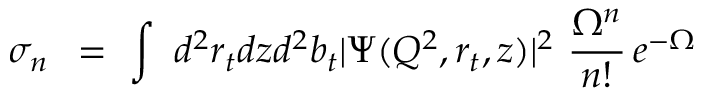
\sigma _ { n } \, \, \, = \, \, \int \, \, d ^ { 2 } r _ { t } d z d ^ { 2 } b _ { t } | \Psi ( Q ^ { 2 } , r _ { t } , z ) | ^ { 2 } \, \, \frac { \Omega ^ { n } } { n ! } \, e ^ { - \Omega }